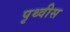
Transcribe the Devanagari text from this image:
पृथ्वीस